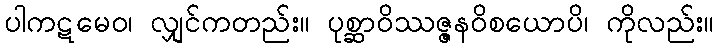
ပါကဋမေဝ၊ လျှင်ကတည်း။ ပုစ္ဆာဝိဿဇ္ဇနဝိစယောပိ၊ ကိုလည်း။